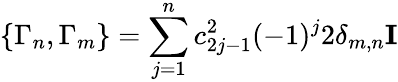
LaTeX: \{ \Gamma_{n},\Gamma_{m}\} =\sum_{j=1}^{n}c_{2j-1}^{2}(-1)^{j}2\delta_{m,n}{\mathbf I}